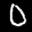
Digit: 0